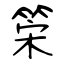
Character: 筞